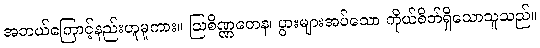
အဘယ်ကြောင့်နည်းဟူမူကား။ ဩစိဏ္ဏတေန၊ ပွားများအပ်သော ကိုယ်စိတ်ရှိသောသူသည်။